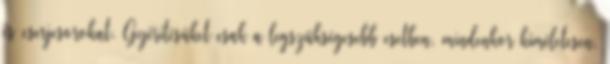
és cserjesorokat. Gyérítésüket csak a legszükségesebb esetben, mindenkor kíméletesen,